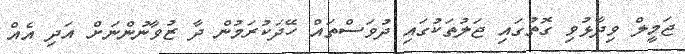
ޖަމީލް ވިދާޅުވި ގޮތުގައި ޖަލުތަކުގައި ދުވަސްތައް ހޭދަކުރަމުން ދާ ޒުވާނުންނަށް އަދި އެއް